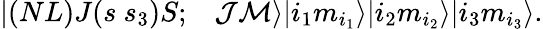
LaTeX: \begin{array}{rl}{|(NL)J(s~s_{3})S;}&{{}\mathcal{J}\mathcal{M}\rangle|i_{1}m_{i_{1}}\rangle|i_{2}m_{i_{2}}\rangle|i_{3}m_{i_{3}}\rangle.}\end{array}